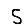
Digit: 5